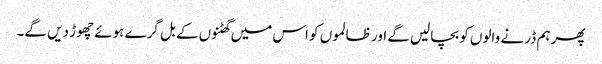
پھر ہم ڈر نے والوں کو بچالیں گے اور ظالموں کو اس میں گھٹنوں کے بل گرے ہوئے چھوڑ دیں گے۔